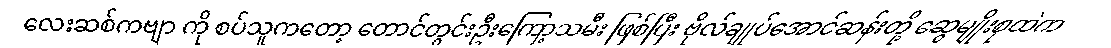
လေးဆစ်ကဗျာ ကို စပ်သူကတော့ တောင်တွင်းဦးကြော့သမီး ဖြစ်ပြီး ဗိုလ်ချုပ်အောင်ဆန်းတို့ ဆွေမျိုးစုထဲက